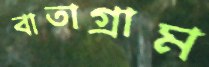
বাতাগ্রাম